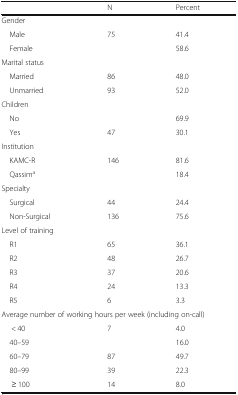
<table><thead><tr><td>[EMPTY_CELL]</td><td><b>N</b></td><td><b>Percent</b></td></tr></thead><tbody><tr><td colspan="3">Gender</td></tr><tr><td> Male</td><td>75</td><td>41.4</td></tr><tr><td> Female</td><td>[EMPTY_CELL]</td><td>58.6</td></tr><tr><td colspan="3">Marital status</td></tr><tr><td> Married</td><td>86</td><td>48.0</td></tr><tr><td> Unmarried</td><td>93</td><td>52.0</td></tr><tr><td colspan="3">Children</td></tr><tr><td> No</td><td>[EMPTY_CELL]</td><td>69.9</td></tr><tr><td> Yes</td><td>47</td><td>30.1</td></tr><tr><td colspan="3">Institution</td></tr><tr><td> KAMC-R</td><td>146</td><td>81.6</td></tr><tr><td> Qassim<sup>a</sup></td><td>[EMPTY_CELL]</td><td>18.4</td></tr><tr><td colspan="3">Specialty</td></tr><tr><td> Surgical</td><td>44</td><td>24.4</td></tr><tr><td> Non-Surgical</td><td>136</td><td>75.6</td></tr><tr><td colspan="3">Level of training</td></tr><tr><td> R1</td><td>65</td><td>36.1</td></tr><tr><td> R2</td><td>48</td><td>26.7</td></tr><tr><td> R3</td><td>37</td><td>20.6</td></tr><tr><td> R4</td><td>24</td><td>13.3</td></tr><tr><td> R5</td><td>6</td><td>3.3</td></tr><tr><td colspan="3">Average number of working hours per week (including on-call)</td></tr><tr><td>&lt; 40</td><td>7</td><td>4.0</td></tr><tr><td> 40–59</td><td>[EMPTY_CELL]</td><td>16.0</td></tr><tr><td> 60–79</td><td>87</td><td>49.7</td></tr><tr><td> 80–99</td><td>39</td><td>22.3</td></tr><tr><td>≥ 100</td><td>14</td><td>8.0</td></tr></tbody></table>